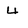
Character: 4